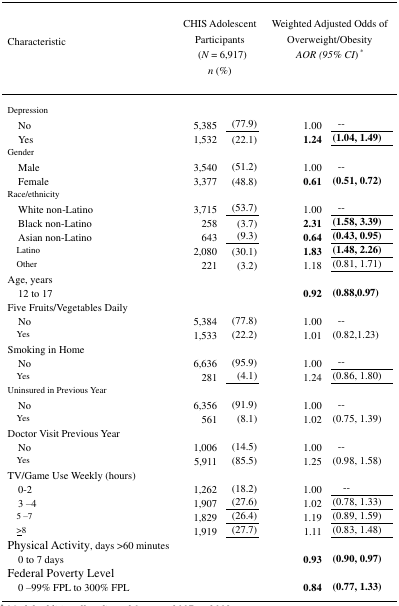
<table><thead><tr><td><b>Characteristic</b></td><td colspan="3"><b>CHIS Adolescent Participants(<i>N</i> = 6,917)<i>n</i> (%)</b></td><td colspan="2"><b>Weighted Adjusted Odds of Overweight/Obesity<i>AOR (95% CI</i>) <sup>*</sup></b></td></tr></thead><tbody><tr><td>Depression</td><td></td><td colspan="2"></td><td></td><td></td></tr><tr><td> No</td><td>5,385</td><td colspan="2">(77.9)</td><td>1.00</td><td>--</td></tr><tr><td> Yes</td><td>1,532</td><td colspan="2">(22.1)</td><td><b>1.24</b></td><td><b>(1.04, 1.49)</b></td></tr><tr><td>Gender</td><td></td><td colspan="2"></td><td></td><td></td></tr><tr><td> Male</td><td>3,540</td><td colspan="2">(51.2)</td><td>1.00</td><td>--</td></tr><tr><td> Female</td><td>3,377</td><td colspan="2">(48.8)</td><td><b>0.61</b></td><td><b>(0.51, 0.72)</b></td></tr><tr><td>Race/ethnicity</td><td></td><td colspan="2"></td><td></td><td></td></tr><tr><td> White non-Latino</td><td>3,715</td><td colspan="2">(53.7)</td><td>1.00</td><td>--</td></tr><tr><td> Black non-Latino</td><td>258</td><td colspan="2">(3.7)</td><td><b>2.31</b></td><td><b>(1.58, 3.39)</b></td></tr><tr><td> Asian non-Latino</td><td>643</td><td colspan="2">(9.3)</td><td><b>0.64</b></td><td><b>(0.43, 0.95)</b></td></tr><tr><td> Latino</td><td>2,080</td><td colspan="2">(30.1)</td><td><b>1.83</b></td><td><b>(1.48, 2.26)</b></td></tr><tr><td> Other</td><td>221</td><td colspan="2">(3.2)</td><td>1.18</td><td>(0.81, 1.71)</td></tr><tr><td>Age, years</td><td></td><td colspan="2"></td><td></td><td></td></tr><tr><td> 12 to 17</td><td></td><td colspan="2"></td><td><b>0.92</b></td><td><b>(0.88,0.97)</b></td></tr><tr><td>Five Fruits/Vegetables Daily</td><td></td><td colspan="2"></td><td></td><td></td></tr><tr><td> No</td><td>5,384</td><td colspan="2">(77.8)</td><td>1.00</td><td>--</td></tr><tr><td> Yes</td><td>1,533</td><td colspan="2">(22.2)</td><td>1.01</td><td>(0.82,1.23)</td></tr><tr><td>Smoking in Home</td><td></td><td colspan="2"></td><td></td><td></td></tr><tr><td> No</td><td>6,636</td><td colspan="2">(95.9)</td><td>1.00</td><td>--</td></tr><tr><td> Yes</td><td>281</td><td colspan="2">(4.1)</td><td>1.24</td><td>(0.86, 1.80)</td></tr><tr><td>Uninsured in Previous Year</td><td></td><td colspan="2"></td><td></td><td></td></tr><tr><td> No</td><td>6,356</td><td colspan="2">(91.9)</td><td>1.00</td><td>--</td></tr><tr><td> Yes</td><td>561</td><td colspan="2">(8.1)</td><td>1.02</td><td>(0.75, 1.39)</td></tr><tr><td>Doctor Visit Previous Year</td><td></td><td colspan="2"></td><td></td><td></td></tr><tr><td> No</td><td>1,006</td><td colspan="2">(14.5)</td><td>1.00</td><td>--</td></tr><tr><td> Yes</td><td>5,911</td><td colspan="2">(85.5)</td><td>1.25</td><td>(0.98, 1.58)</td></tr><tr><td>TV/Game Use Weekly (hours)</td><td></td><td colspan="2"></td><td></td><td></td></tr><tr><td> 0-2</td><td>1,262</td><td colspan="2">(18.2)</td><td>1.00</td><td>--</td></tr><tr><td> 3 –4</td><td>1,907</td><td colspan="2">(27.6)</td><td>1.02</td><td>(0.78, 1.33)</td></tr><tr><td> 5 –7</td><td>1,829</td><td colspan="2">(26.4)</td><td>1.19</td><td>(0.89, 1.59)</td></tr><tr><td> ≥ 8</td><td>1,919</td><td colspan="2">(27.7)</td><td>1.11</td><td>(0.83, 1.48)</td></tr><tr><td>Physical Activity, days &gt;60 minutes</td><td></td><td colspan="2"></td><td></td><td></td></tr><tr><td> 0 to 7 days</td><td></td><td colspan="2"></td><td><b>0.93</b></td><td><b>(0.90, 0.97)</b></td></tr><tr><td>Federal Poverty Level</td><td></td><td colspan="2"></td><td></td><td></td></tr><tr><td> 0 –99% FPL to 300% FPL</td><td></td><td colspan="2"></td><td><b>0.84</b></td><td><b>(0.77, 1.33)</b></td></tr></tbody></table>